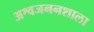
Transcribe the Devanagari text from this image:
अश्वजननशाला